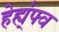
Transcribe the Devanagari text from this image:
हेह्य्॑फ्व